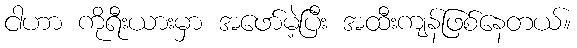
ငါဟာ ကိုရီးယားမှာ အဖော်မဲ့ပြီး အထီးကျန်ဖြစ်နေတယ်။